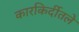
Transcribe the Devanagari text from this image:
कारकिर्दीतले